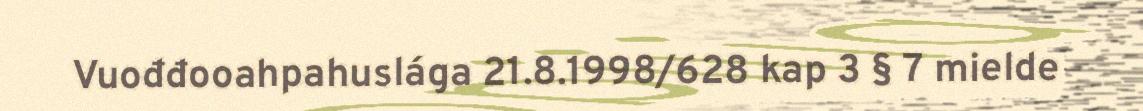
Vuođđooahpahuslága 21.8.1998/628 kap 3 § 7 mielde